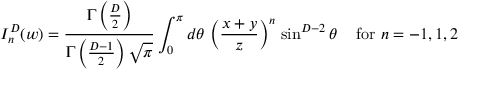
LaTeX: I _ { n } ^ { D } ( w ) = { \frac { \Gamma \left( { \frac { D } { 2 } } \right) } { \Gamma \left( { \frac { D - 1 } { 2 } } \right) \sqrt \pi } } \int _ { 0 } ^ { \pi } d \theta \, \left( { \frac { x + y } { z } } \right) ^ { n } \, \sin ^ { D - 2 } \theta \, \quad \mathrm { f o r ~ } n = - 1 , 1 , 2